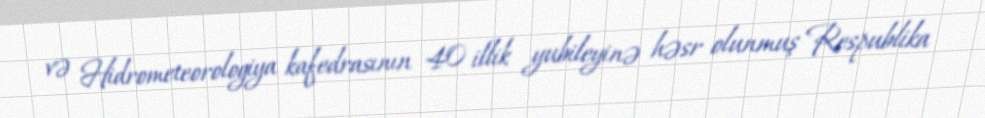
və Hidrometeorologiya kafedrasının 40 illik yubileyinə həsr olunmuş Respublika